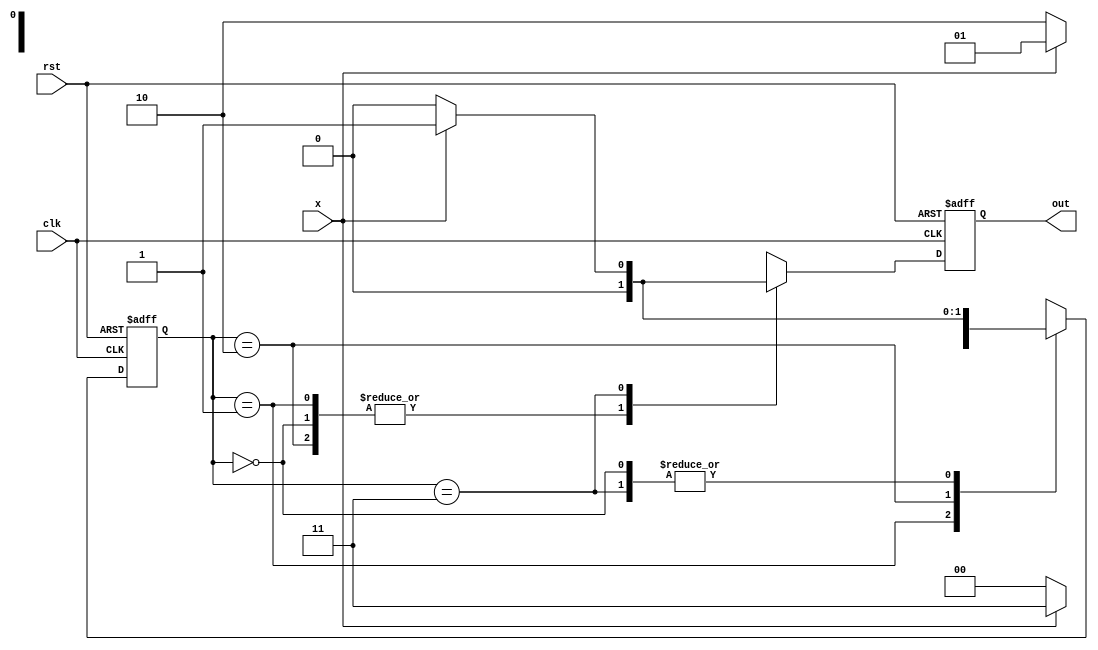
`timescale 1ns / 1ps
//////////////////////////////////////////////////////////////////////////////////
// Company: 
// Engineer: 
// 
// Design Name: 
// Module Name: seq_count
// Project Name: 
// Target Devices: 
// Tool Versions: 
// Description: 
// 
// Dependencies: 
// 
// Revision:
// Revision 0.01 - File Created
// Additional Comments:
// 
//////////////////////////////////////////////////////////////////////////////////

//for sequence 1011(overlapping)
module seq_count(clk,rst,x,out);//1011 sequence
input rst,clk,x;
output reg out;


reg [1:0]state;

parameter s0=2'b00,s1=2'b01,s2=2'b10,s3=2'b11;
always @(posedge clk,posedge rst)
if(rst)
begin
state<=s0;
out=0;
end
else
begin
case(state)
s0: begin
    state<=x?s1:s0;
    out<=0;
    end
s1: begin
    state<=x?s1:s2;
    out=0;
    end
    
s2: begin
   state<=x?s3:s0;
   out=0;
   end
s3: begin
    state<=x?s1:s0;
    out<=x?1:0;
  
    end
    
default: begin
         state<=s0;
         out<=0;
         end
    endcase

    end

endmodule


module top(clk,rst,x,count);//count the number of times the sequence has appeared
input clk,rst,x;
wire out;
output reg[3:0]count;
wire[3:0]co;
assign co=count;
seq_count t1(clk,rst,x,out);
always@(posedge clk,posedge rst)
if(rst)
count<=0;
else if(out==1)
count<=count+1;
else
count=co;
endmodule